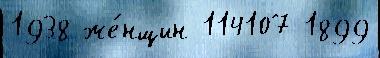
1938 же́нщин 114107 1899